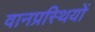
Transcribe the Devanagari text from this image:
वानप्रस्थियों